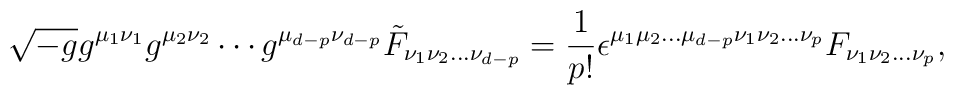
\sqrt{-g} g^{\mu_{1}\nu_{1}} g^{\mu_{2}\nu_{2}}\cdots g^{\mu_{d-p}\nu_{d-p}}{\tilde F}_{\nu_{1}\nu_{2} \ldots \nu_{d-p}}=\frac{1}{p!}\epsilon^{\mu_{1}\mu_{2} \ldots \mu_{d-p} \nu_{1}\nu_{2}\ldots \nu_{p} }F_{\nu_{1} \nu_{2} \ldots \nu_{p}},